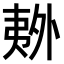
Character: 𫯏